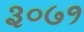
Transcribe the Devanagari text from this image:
३०७१